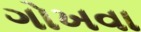
ગોખવા